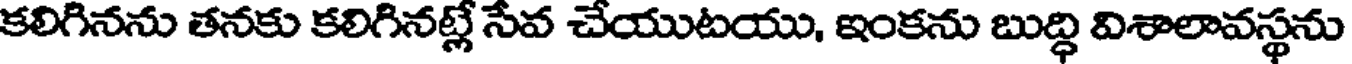
కలిగినను తనకు కలిగినట్లే సేవ చేయుటయు, ఇంకను బుద్ధి విశాలావస్థను